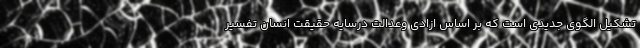
تشکیل الگوی جدیدی است که بر اساس ازادی وعدالت درسایه حقیقت انسان تفسیر